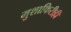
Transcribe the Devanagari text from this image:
मुशाफिरीही